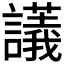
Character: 𧭖